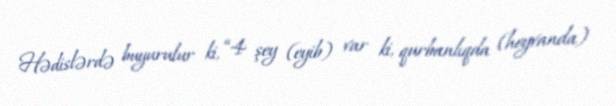
Hədislərdə buyurulur ki, “4 şey (eyib) var ki, qurbanlıqda (heyvanda)